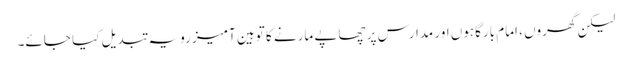
لیکن گھروں ، امام بارگاہوں اور مدارس پر چھاپے مارنے کا توہین آمیز رویہ تبدیل کیا جائے۔